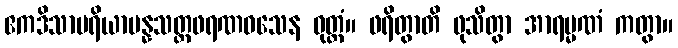
ဧကဒိသာပရိယာပန္နသတ္တဖရဏဝသေန ဝုတ္တံ။ ဖရိတွာတိ ဖုသိတွာ အာရမ္မဏံ ကတွာ။